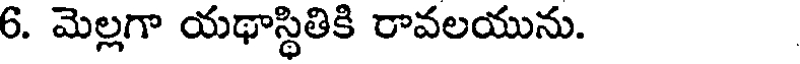
6. మెల్లగా యథాస్థితికి రావలయును.